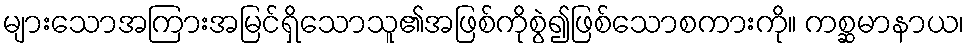
များသောအကြားအမြင်ရှိသောသူ၏အဖြစ်ကိုစွဲ၍ဖြစ်သောစကားကို။ ကစ္ဆမာနာယ၊